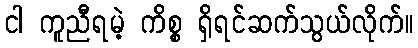
ငါ ကူညီရမဲ့ ကိစ္စ ရှိရင်ဆက်သွယ်လိုက်။